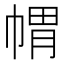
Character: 𭘪